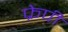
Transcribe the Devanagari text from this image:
फ्रेपी